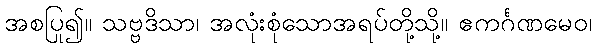
အစပြု၍။ သဗ္ဗဒိသာ၊ အလုံးစုံသောအရပ်တို့သို့။ ဧကင်္ဂဏမေဝ၊